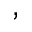
,